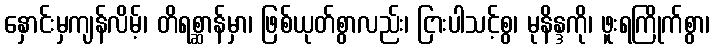
နှောင်းမှကျန်လိမ့်၊ တိရစ္ဆာန်မှာ၊ ဖြစ်ယုတ်စွာလည်း၊ ငြားပါသင့်စွ၊ မုနိန္ဒကို၊ ဖူးရကြိုက်စွာ၊